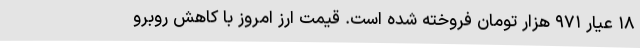
۱۸ عیار ۹۷۱ هزار تومان فروخته شده است. قیمت ارز امروز با کاهش روبرو